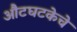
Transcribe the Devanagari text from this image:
औटघटकेचे